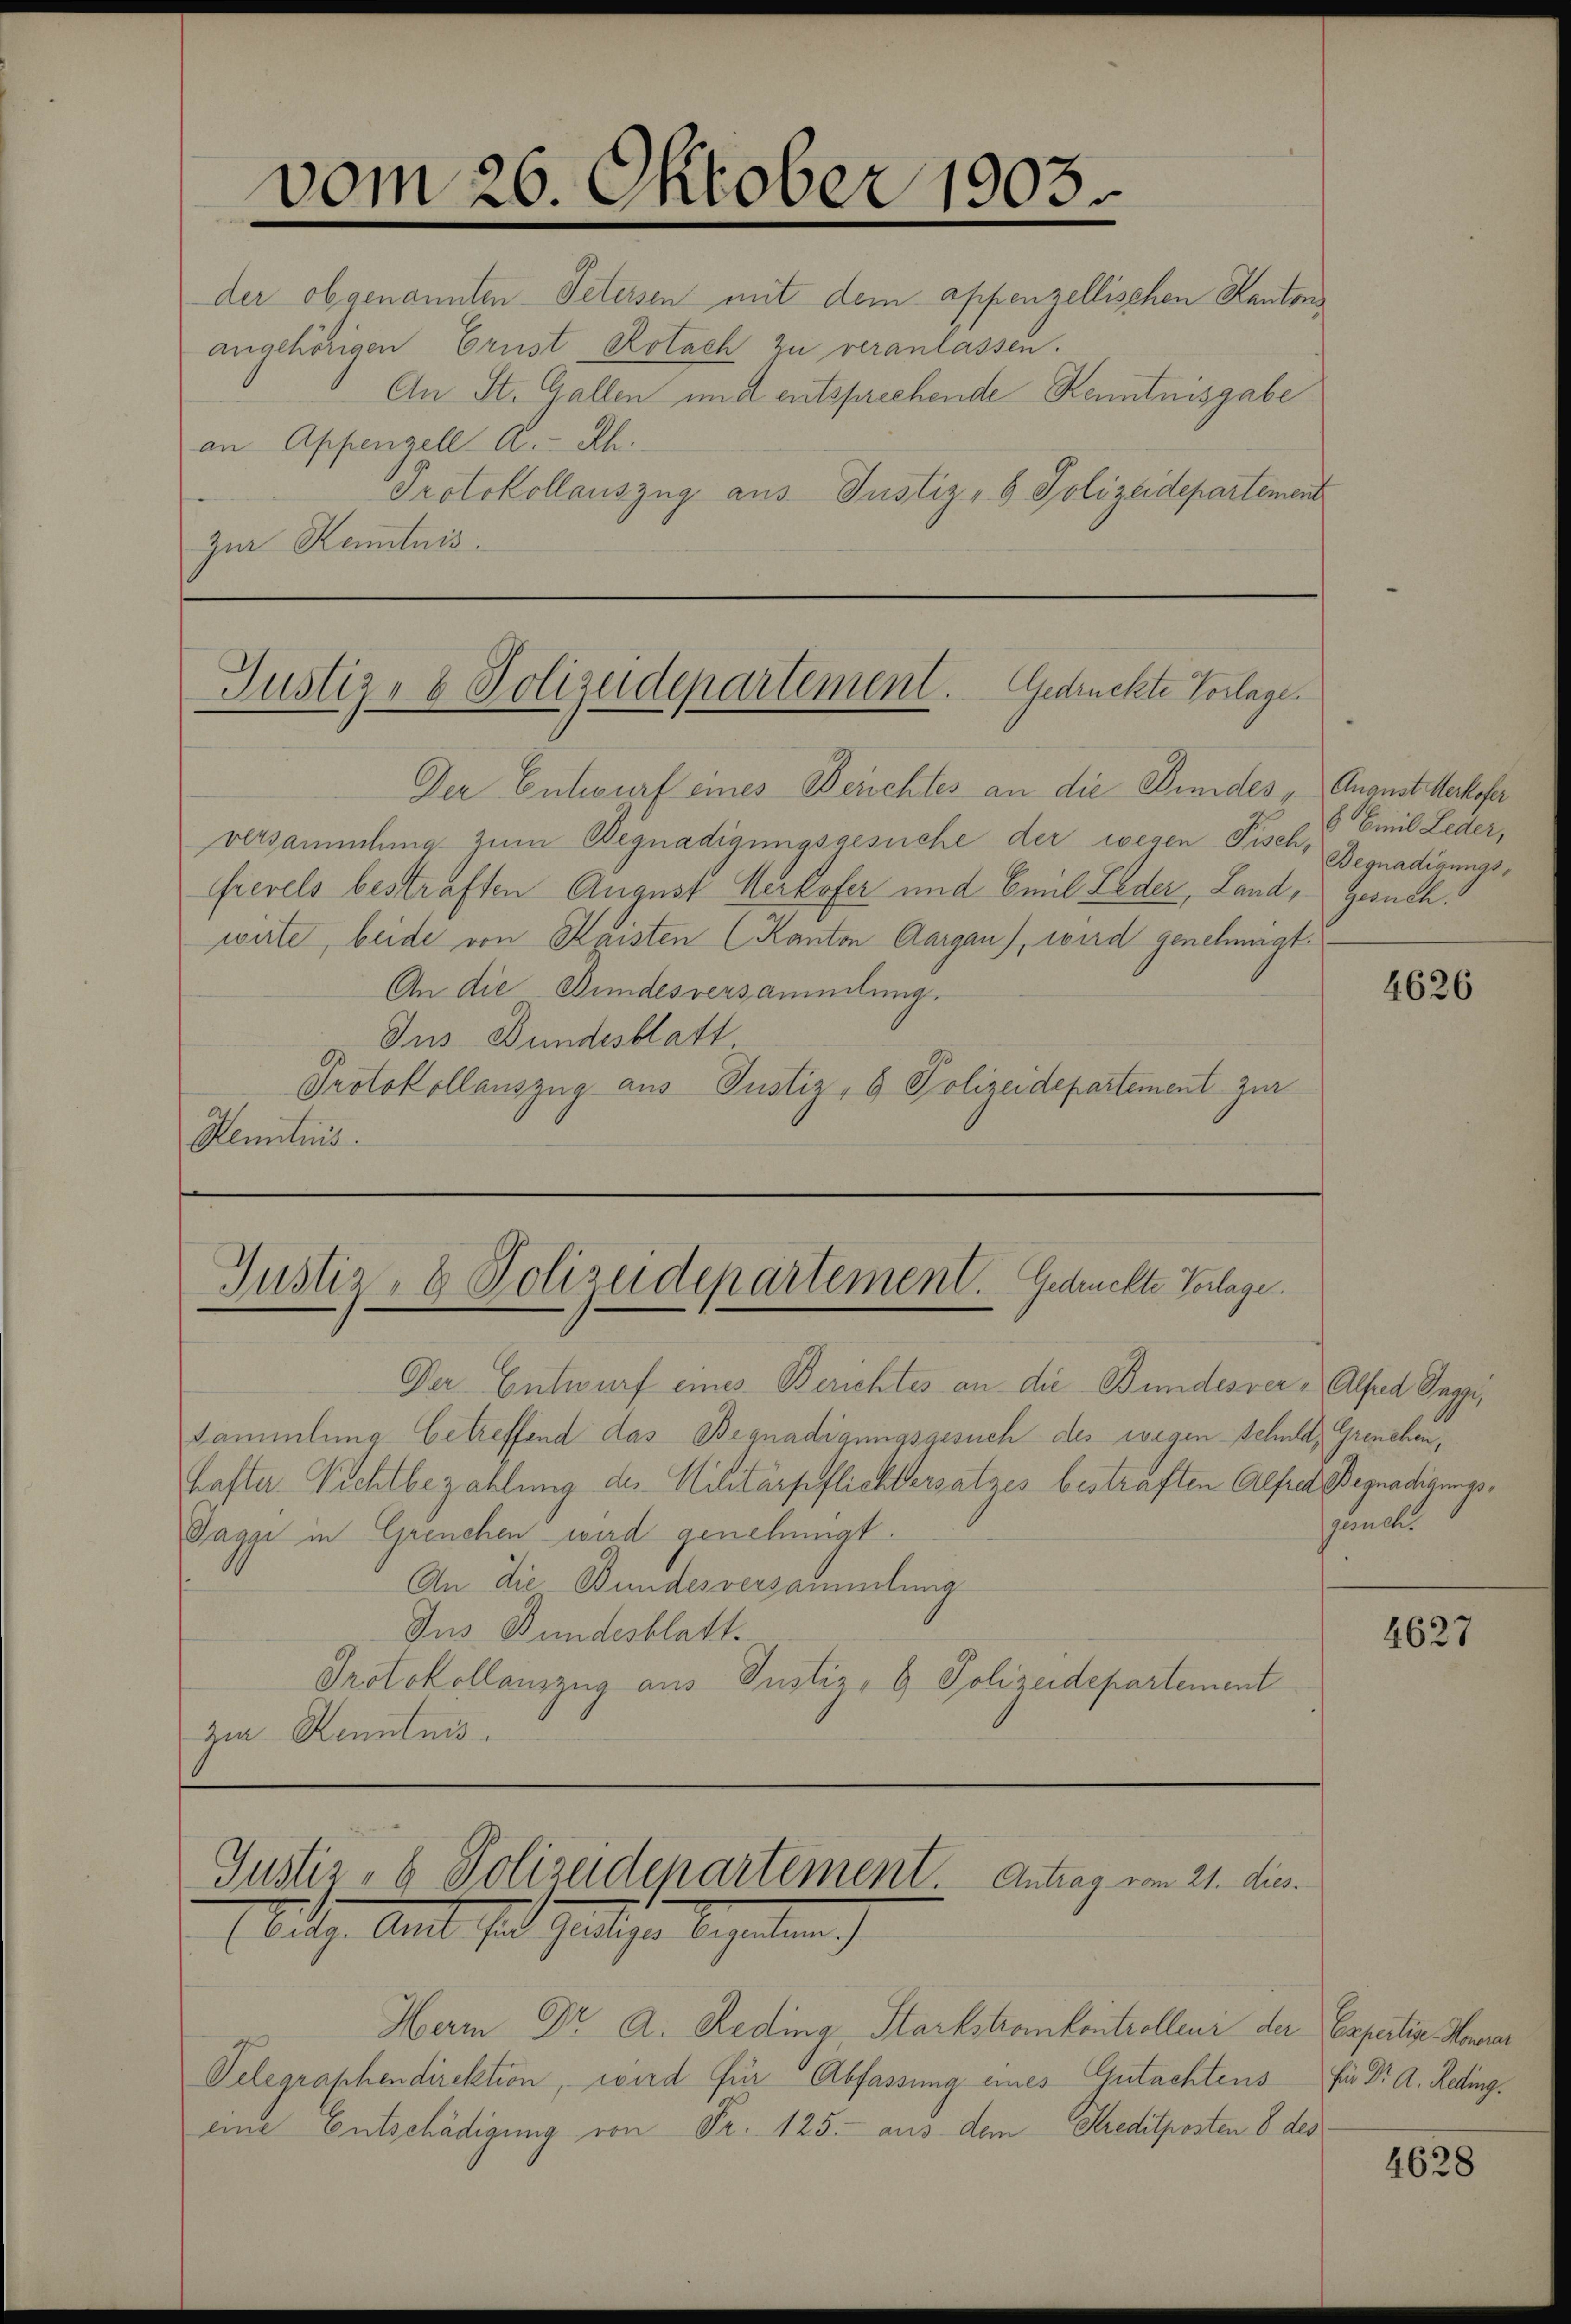
angehörigen Ernst Rotach zu veranlassen.
An St. Gallen und entsprechende Kenntnisgabe
an Appenzell A.-Rh.
Protokollauszug aus Justiz- & Polizeidepartement
Zur Kenntnis.

vom 26. Oktober 1903
der obgenannten Petersen mit dem appenzellischen Kanton

Justiz- & Polizeidepartement. Gedrückte Vorlage.

Der Entwurf eines Berichtes an die Kindes „August erhofer
versammlung zum Begnadigungsgesuche der wegen Fisch, Begnadigungsfrevels bestraften August Herkofer und Emil Leder, Land, Gesuch.
wirte, beide von Keisten (Kanton Aargau, wird genehmigt.
An die Bundesversammlung.
Ins Bundesblatt
Protokollauszug aus Justiz- & Polizeidepartement zur
Kenntnis

Justiz- & Polizeidepartement. Gedrückte Vorlage

Justiz- & Polizeidepartement. Antrag vom 21. dies
Arth. Amt hat Pauliche Gegenten)

Der Entwurf eines Berichtes an die Bundesver - Alfred Saggi
Sammlung betreffend das Begnadigungsgesuch des wegen Schnet Grenchenhafter. Nichtbezahlung des Militärpflichtersatzes bestraften Alfred Begnadigungs¬
Taggi in Grenchen wird genehmigt.
An die Bundesversammlung
Jus Bundesblatt.
Protokollauszug aus Justiz- & Polizeidepartement
zur Kenntnis.

8 Emil Leder,

4626

sände

Herr Dr. A. Reding, Starkstrankontrolleni der Espertin Honorar
Telegraphendirektion, wird für Abfassung eines Gutachtens
eine Entschädigung von Fr. 125. aus dem Kreditposten 8 des

4627

für Dr. A. Reding.

4628